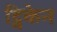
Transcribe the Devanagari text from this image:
ट्विकेन